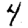
Digit: 4